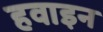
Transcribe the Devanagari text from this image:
हवाइन